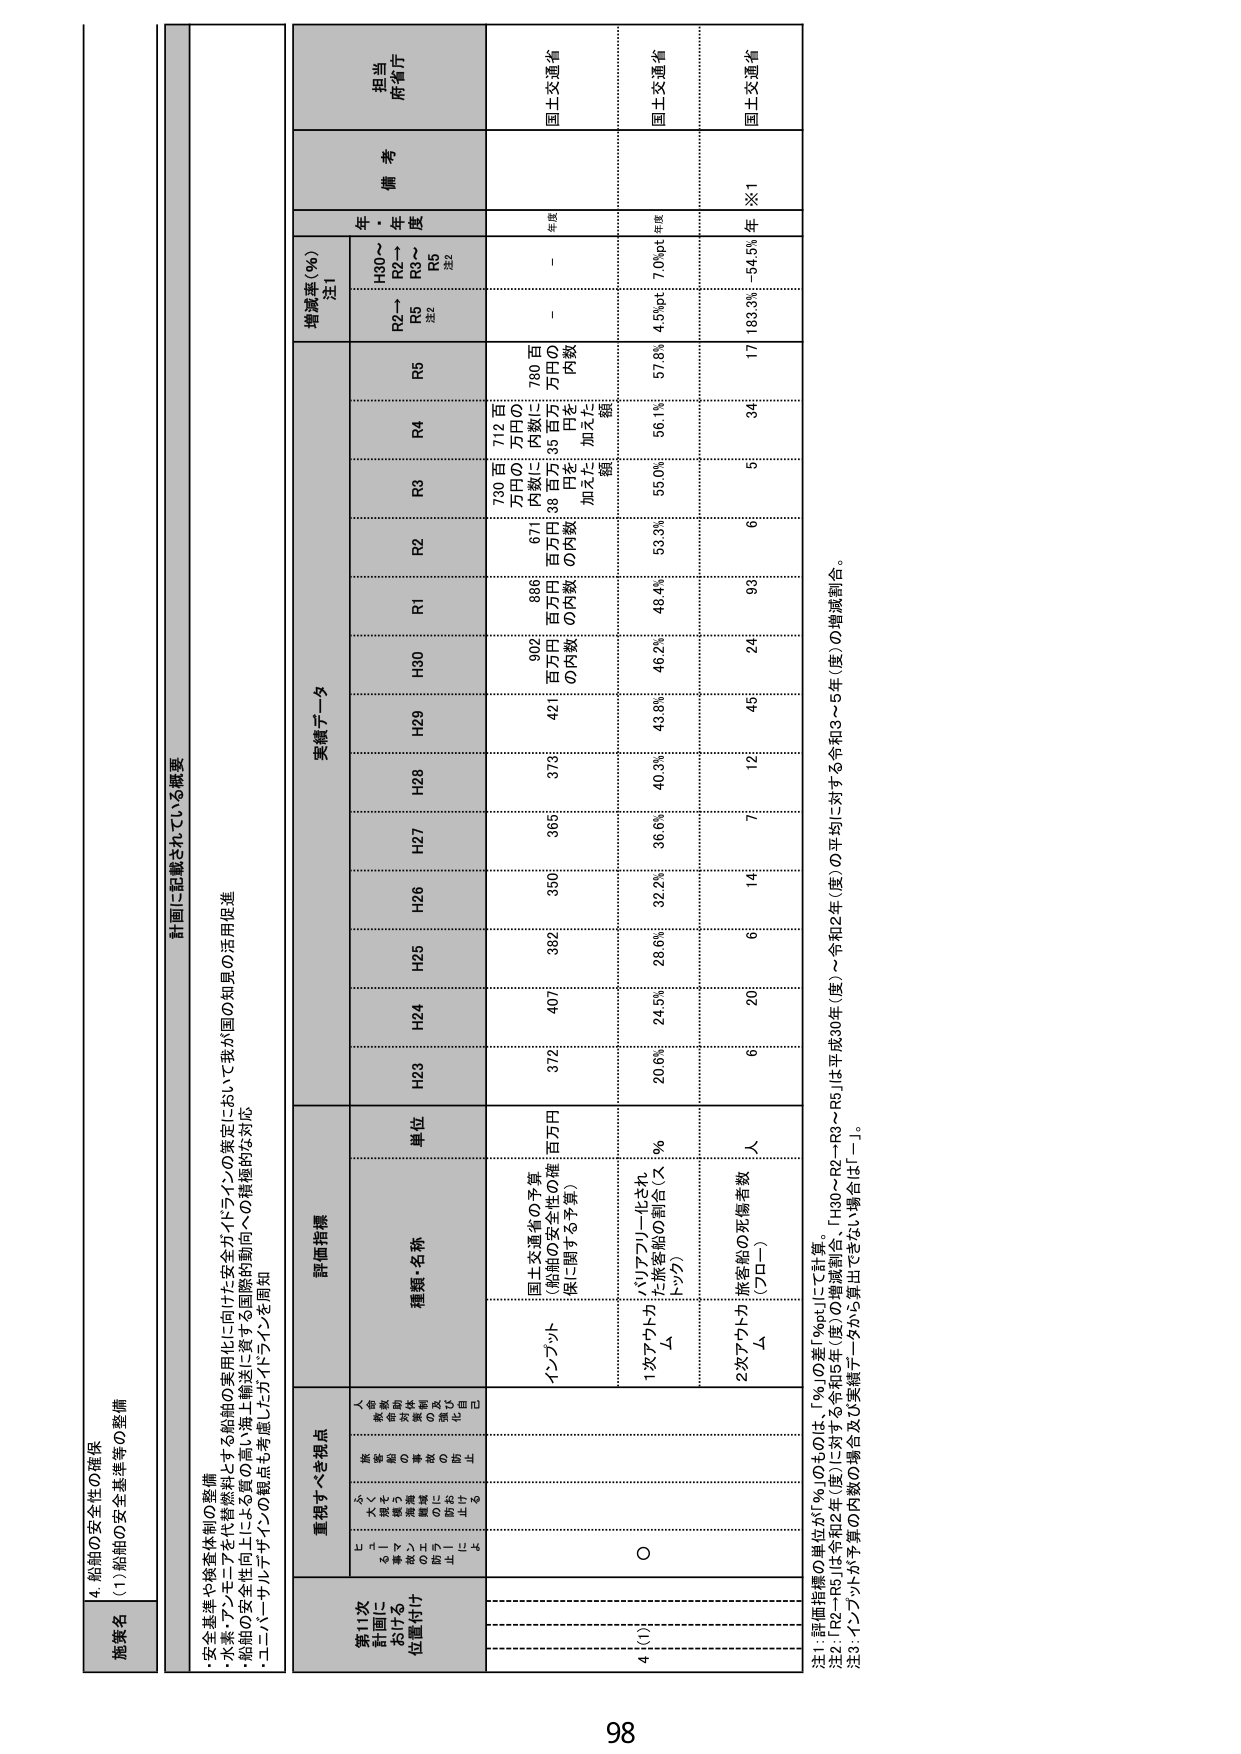
4. 船舶の安全性の確保
(1) 船舶の安全基準等の整備

施策名

計画に記載されている概要
・安全基準や検査体制の整備
・水素・アンモニアを代表燃料とする船舶の実用化に向けた安全ガイドラインの策定にあたって我が国の知見の活用促進
・船舶の安全性向上による質の高い海上輸送に資する国際的動向への積極的な対応
・ユニバーサルデザインの観点も考慮したガイドラインを周知

重視すべき視点
第1次計画に
おける
位置付け
評価指標
実績データ
増減率（％）
注1
年
度
備考
担当
府省庁

種類・名称
単位
H23
H24
H25
H26
H27
H28
H29
H30
R1
R2
R3
R4
R5
H30～
R2～
R3～
R5
注2
年
度

インプット
国土交通省の予算
（船舶の安全性の確保に関する予算）
百万円
372
407
382
350
365
373
421
902
886
671
730
712
780
－
－
国土交通省

1次アウトプット
△
（バリアプリー化され
た旅客船の割合（ス
トック）
％
20.6%
24.5%
28.6%
32.2%
36.6%
40.3%
43.8%
46.2%
48.4%
53.3%
55.0%
56.1%
57.8%
4.5%pct
7.0%pct
国土交通省

2次アウトプット
△
旅客船の死傷者数
（プロー）
人
6
20
6
14
7
12
45
24
93
6
5
34
17
183.3%
－54.5%
※1
国土交通省

注1：評価指標の単位が「％」のものは、「％」の差「％pct」にて計算。
注2：「R2～R5」は令和2年（度）～令和5年（度）の増減割合、「H30～R2～R3～R5」は平成30年（度）～令和2年（度）の平均と令和3～5年（度）の増減割合。
注3：インプットが予算の内数の場合及び実績データから算出できない場合は「－」。

98